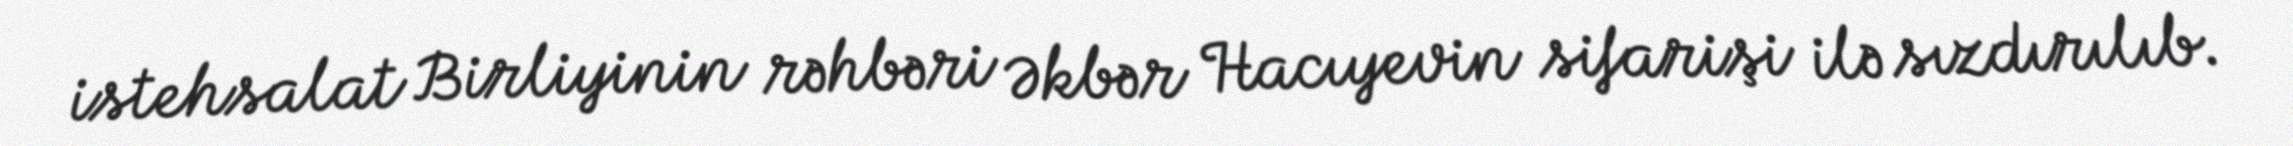
istehsalat Birliyinin rəhbəri Əkbər Hacıyevin sifarişi ilə sızdırılıb.